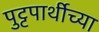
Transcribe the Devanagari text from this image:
पुट्टपार्थीच्या